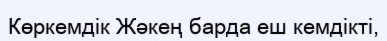
Көркемдік Жәкең барда еш кемдікті,